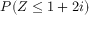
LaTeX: P ( Z \leq 1 + 2 i )